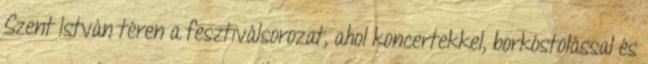
Szent István téren a fesztiválsorozat, ahol koncertekkel, borkóstolással és